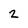
Character: 2